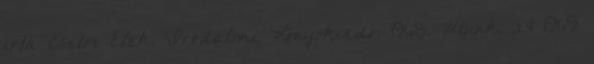
írta Csetri Elek. Irodalmi Könyvkiadó, 1968. Utunk. 24 1969